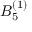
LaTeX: { B } _ { 5 } ^ { ( 1 ) }